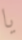
يا